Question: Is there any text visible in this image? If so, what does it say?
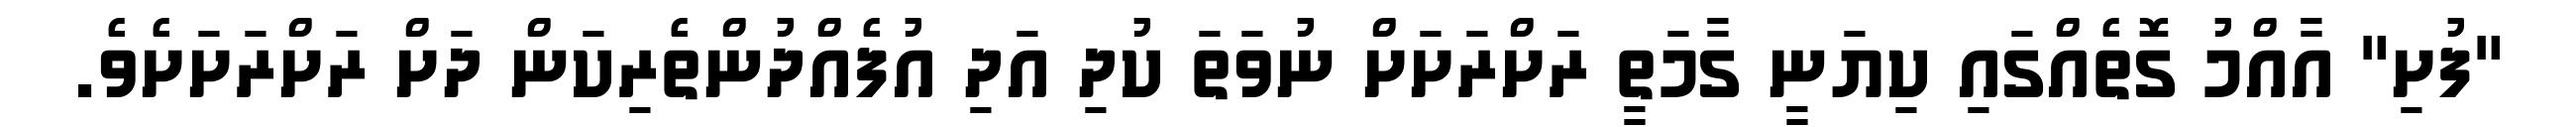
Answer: "ފުށި" އާއްމު ގޮތެއްގައި ކިޔަނީ ގާމަތީ ރަށްރަށަށް ނުވަތަ ކުދި އަދި އުފެއްދުންތެރިކަން ދަށް ރަށްރަށަށެވެ.